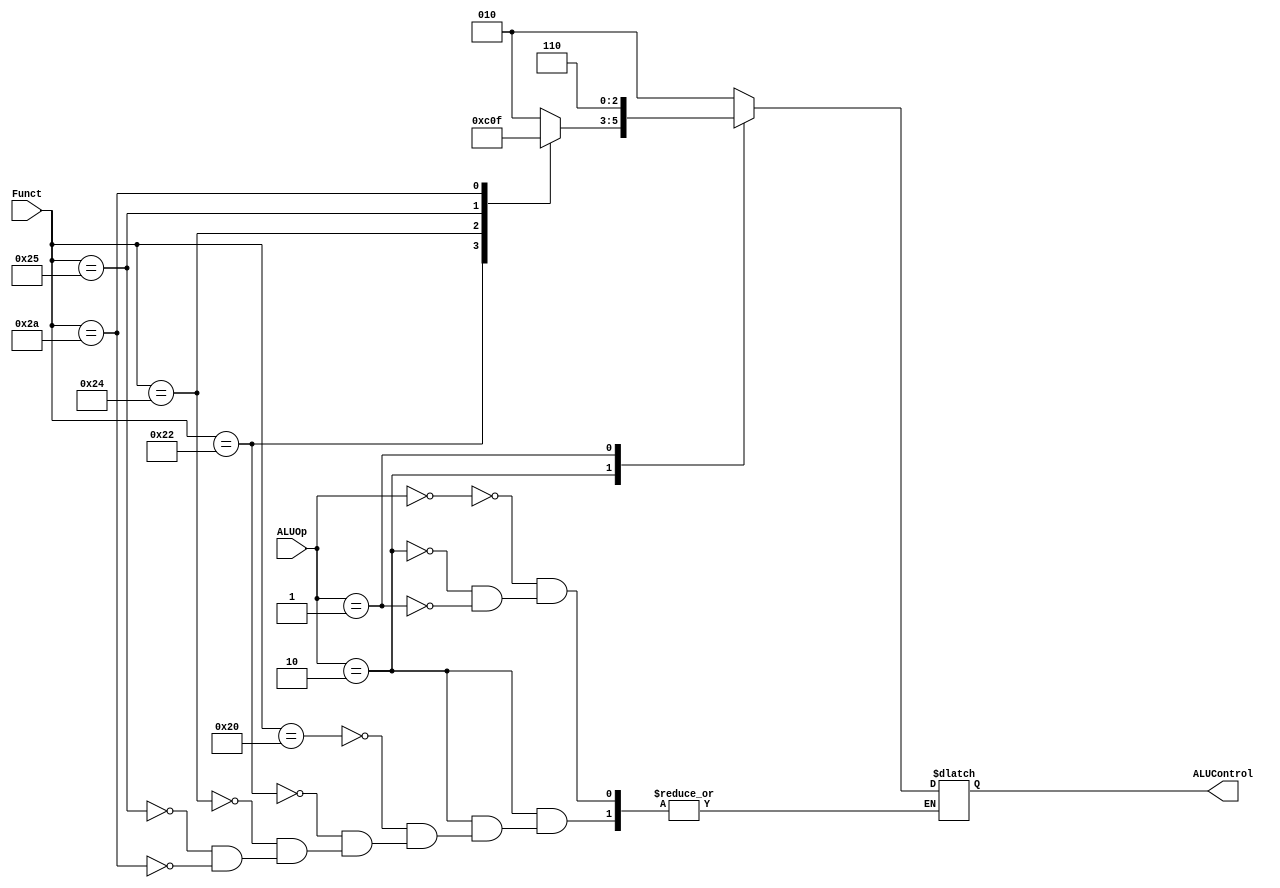
/*

	File name    : ALU_Control_Unit
	LastEditors  : H
	LastEditTime : 2021-11-04 21:33:54
	Last Version : 1.0
	Description  : Control the ALU Unit to run specific operation. Output the Signal Alucontrol
	
	----------------------------------------------------------------------------------------
	
	Author       : H
	Date         : 2021-11-03 21:01:39
	FilePath     : \MIPS_Pipeline\ALU_Control_Unit.v
	Copyright 2021 H, All Rights Reserved. 

*/

module ALU_Control_Unit(
    // System Clock

    // User Interface
    input       [5:0]   Funct,      // input is 6 bits
    input       [1:0]   ALUOp,      // input is 2 bits
    output  reg [2:0]   ALUControl  // output is 3 bits
);
/*******************************************************************************
 *                                 Main Code
*******************************************************************************/

    // Switch statement based off of the op code to determine what operation to perform and outputs it through the variable ALUControl
    always @(*) begin
        case (ALUOp)
            2'b00: ALUControl = 3'b010; // If the value of ALUOp is 0 in binary then set ALUControl to 2 in binary which equals subtraction
            2'b10: begin                // If it is 2 in binary then go into next switch statement based on passed function Func and determine the value
                case (Funct)
                    6'b100000 : ALUControl = 3'b010; // Subtract
                    6'b100010 : ALUControl = 3'b110; // OR
                    6'b100100 : ALUControl = 3'b000; // Addition
                    6'b100101 : ALUControl = 3'b001; // Increment
                    6'b101010 : ALUControl = 3'b111; // AND
                endcase
            end
            2'b01: ALUControl = 3'b110; // If the value is 1, then set ALUControl to OR
            default: ;                  // Default value does nothing 
        endcase
    end


endmodule